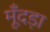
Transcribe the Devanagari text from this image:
मूँदड़ा